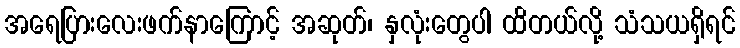
အရေပြားလေးဖက်နာကြောင့် အဆုတ်၊ နှလုံးတွေပါ ထိတယ်လို့ သံသယရှိရင်